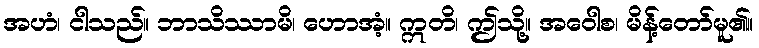
အဟံ၊ ငါသည်။ ဘာသိဿာမိ၊ ဟောအံ့။ ဣတိ၊ ဤသို့။ အဝေါစ၊ မိန့်တော်မူ၏။